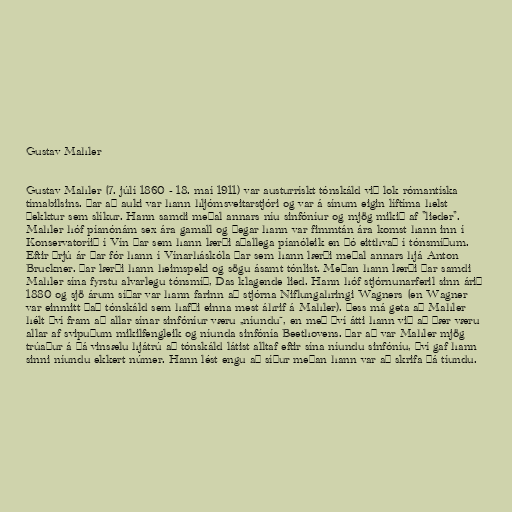
Gustav Mahler

Gustav Mahler (7. júlí 1860 - 18. maí 1911) var austurrískt tónskáld við lok rómantíska
tímabilsins. Þar að auki var hann hljómsveitarstjóri og var á sínum eigin líftíma helst
þekktur sem slíkur. Hann samdi meðal annars níu sinfóníur og mjög mikið af "lieder".
Mahler hóf píanónám sex ára gamall og þegar hann var fimmtán ára komst hann inn í
Konservatoríið í Vín þar sem hann lærði aðallega píanóleik en þó eitthvað í tónsmíðum.
Eftir þrjú ár þar fór hann í Vínarháskóla þar sem hann lærði meðal annars hjá Anton
Bruckner. Þar lærði hann heimspeki og sögu ásamt tónlist. Meðan hann lærði þar samdi
Mahler sína fyrstu alvarlegu tónsmíð, Das klagende lied. Hann hóf stjórnunarferil sinn árið
1880 og sjö árum síðar var hann farinn að stjórna Niflungahringi Wagners (en Wagner
var einmitt það tónskáld sem hafði einna mest áhrif á Mahler). Þess má geta að Mahler
hélt því fram að allar sínar sinfóníur væru „níundu“, en með því átti hann við að þær væru
allar af svipuðum mikilfengleik og níunda sinfónía Beethovens. Þar að var Mahler mjög
trúaður á þá vinsælu hjátrú að tónskáld látist alltaf eftir sína níundu sinfóníu, því gaf hann
sinni níundu ekkert númer. Hann lést engu að síður meðan hann var að skrifa þá tíundu.